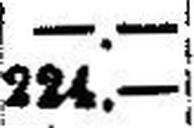
224.—